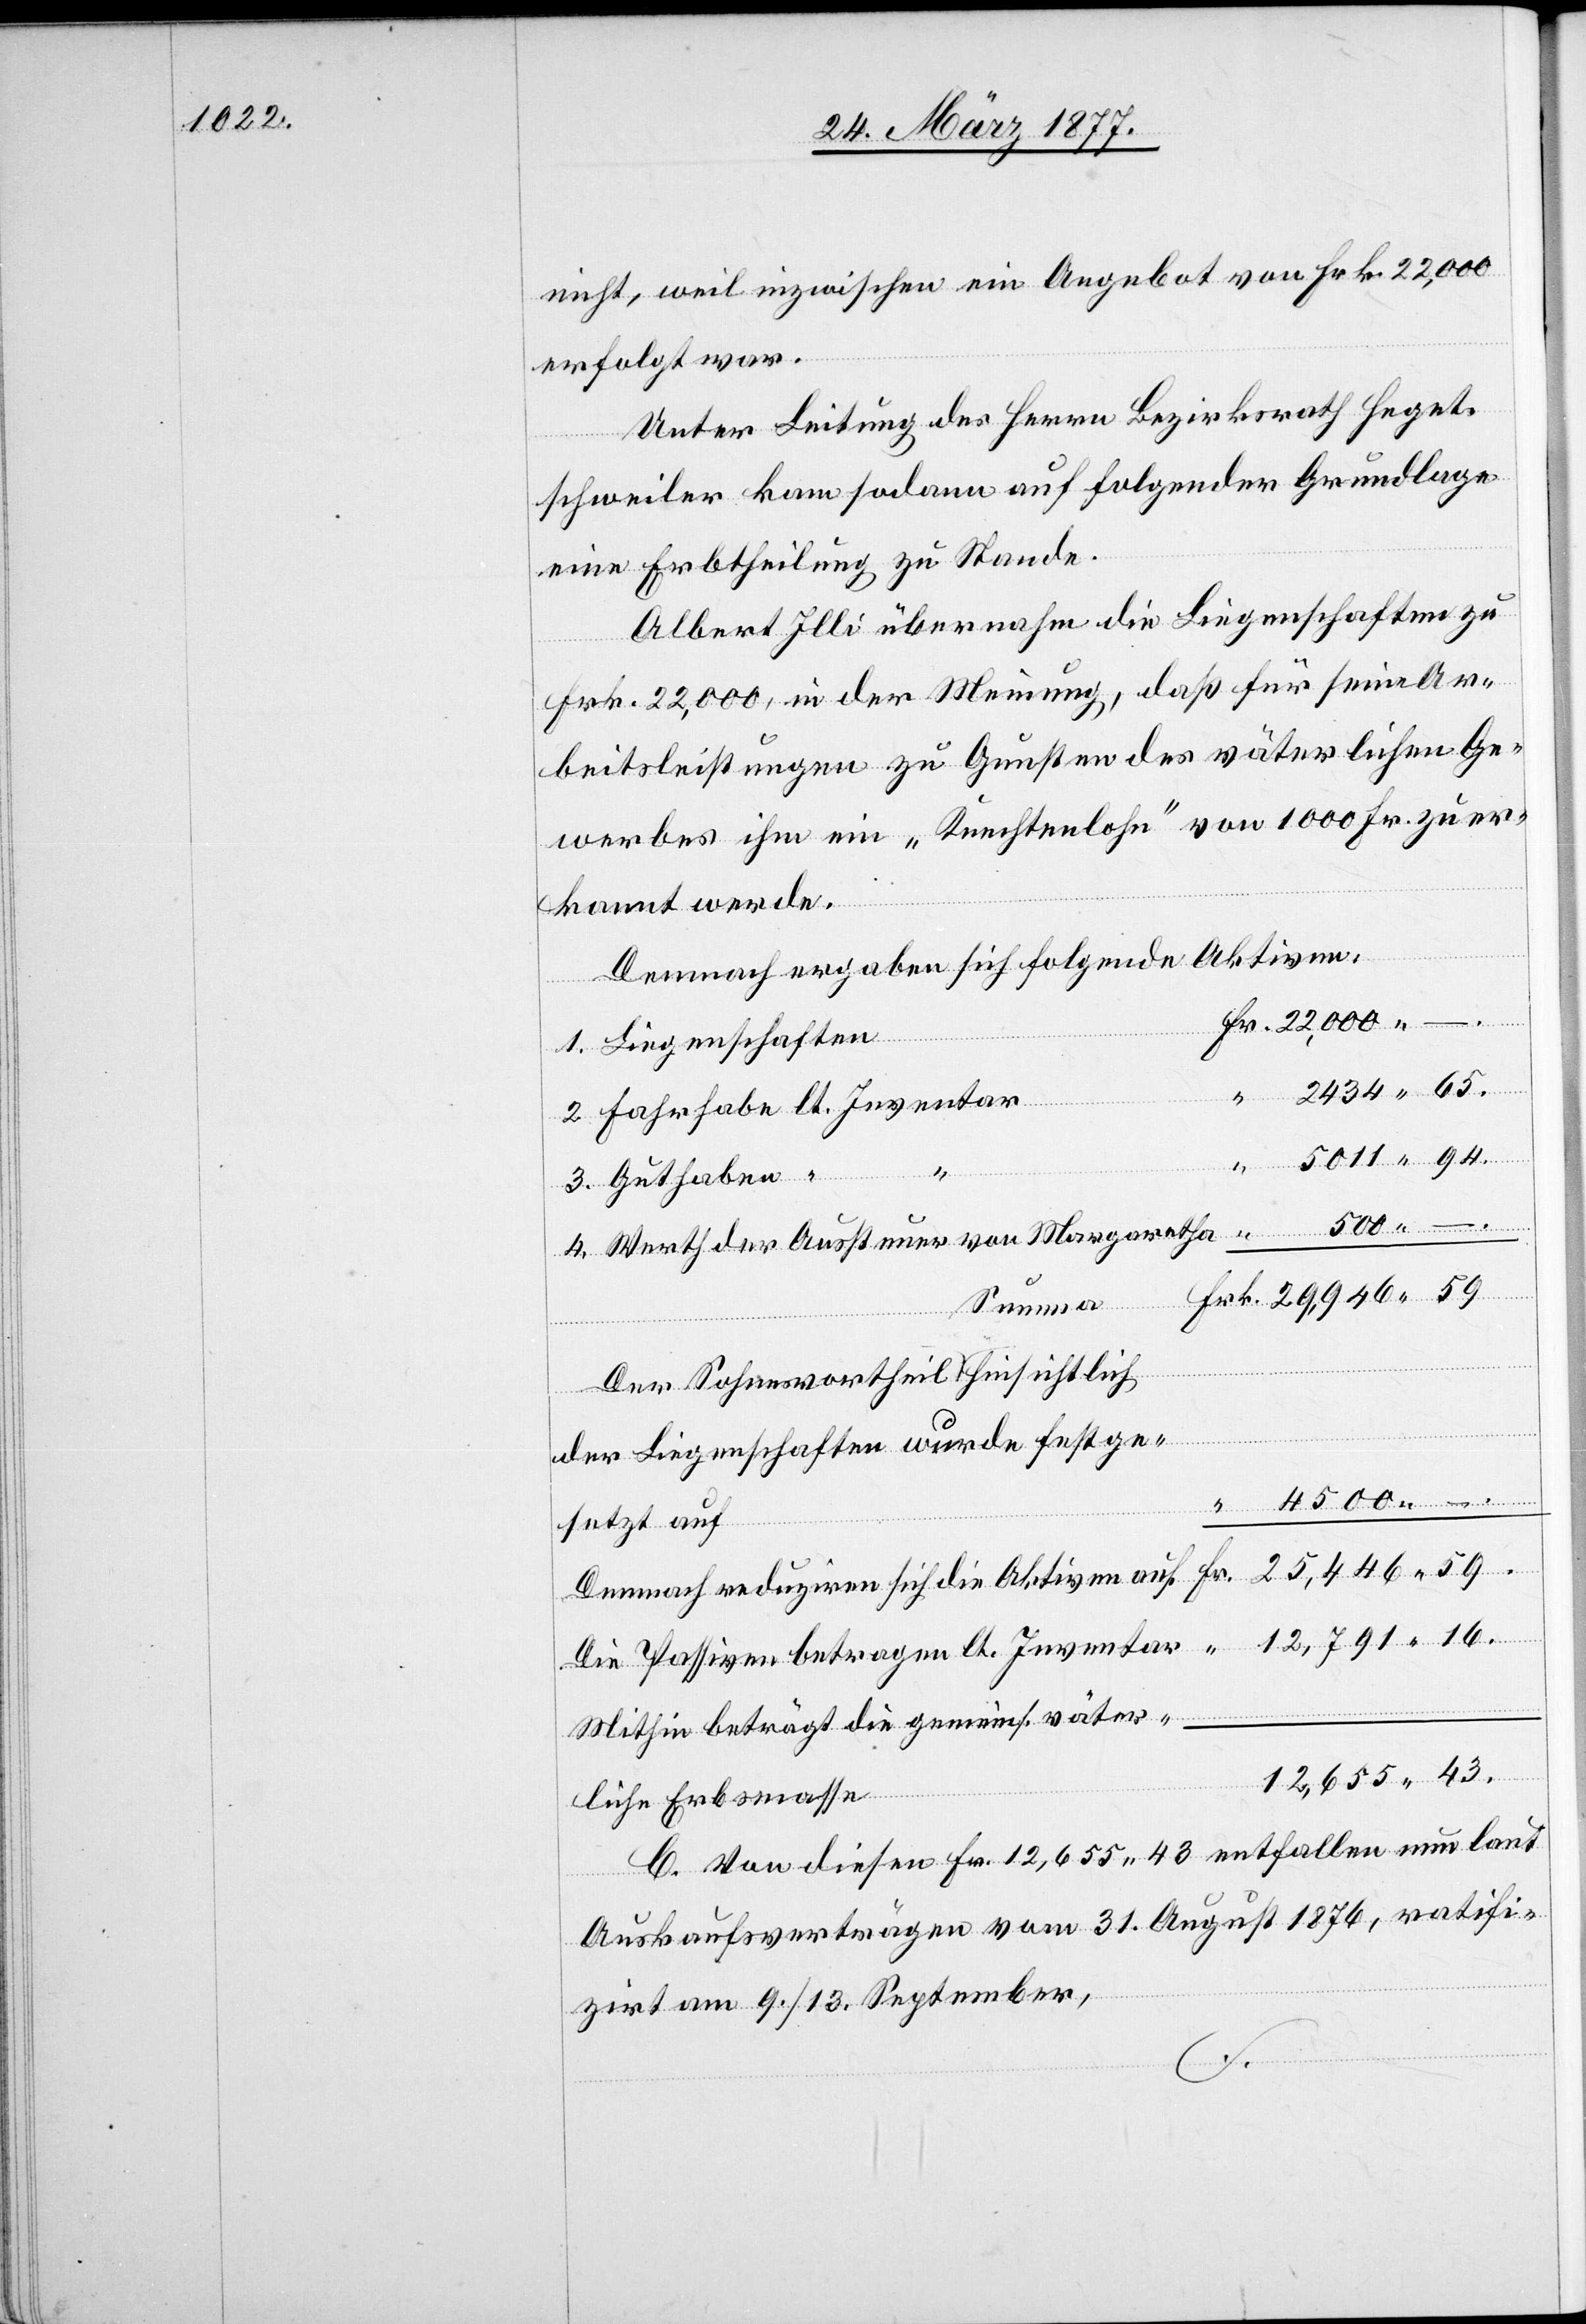
nicht, weil inzwischen ein Angebot von Frk. 22,000
erfolgt war.
Unter Leitung des Herrn Bezirksrath Heget¬
schweiler kam sodann auf folgender Grundlage
eine Erbtheilung zu Stande.
Albert Illi übernahm die Liegenschaften zu
Frk. 22,000, in der Meinung, daß für seine Ar¬
beitsleistungen zu Gunsten des väterlichen Ge¬
werbes ihm ein „Knechtenlohn“ von 1000 Fr. zuer¬
kannt werde.
Demnach ergaben sich folgende Aktiven:
1. Liegenschaften
“
Fr.
2. Fahrhabe lt. Inventar
3. Guthaben “
4. Werth der Aussteuer von Margaretha
Summa
Der Sohnesvortheil hinsichtlich
der Liegenschaften wurde festge¬
setzt auf
Demnach reduziren sich die Aktiven auf
Die Passiven betragen lt. Inventar
Mithin beträgt die gemeins. väter¬
liche Erbsmasse
C. Von diesen Fr. 12,655 43 entfallen nun laut
Auskaufsverträgen vom 31. August 1876, ratifi¬
zirt am 9./13. September,